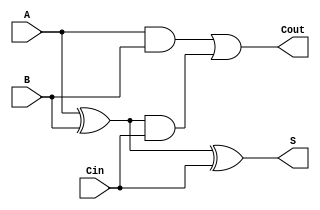
module ConditionalSumFullAdder (
    input wire A,    // First input bit
    input wire B,    // Second input bit
    input wire Cin,  // Carry-in bit
    output wire S,   // Sum output
    output wire Cout  // Carry-out output
);

    // Intermediate signals for generate and propagate
    wire G; // Generate
    wire P; // Propagate

    // Generate and Propagate logic
    assign G = A & B;    // Generate (G = A AND B)
    assign P = A ^ B;    // Propagate (P = A XOR B)

    // Conditional Carry Calculation
    assign Cout = G | (P & Cin); // Carry-out (Cout = G + (P AND Cin))

    // Sum Calculation
    assign S = P ^ Cin; // Sum (S = P XOR Cin)

endmodule